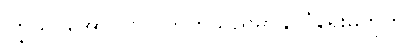
ကြွယ်ဝအောင် လုပ်တတ်သည်မှာနိုင်ငံရေးမဟုတ်။